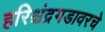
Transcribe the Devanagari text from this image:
हरिश्चंद्रगडावरचे